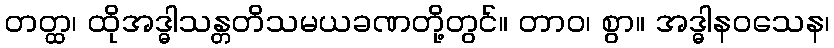
တတ္ထ၊ ထိုအဒ္ဓါသန္တတိသမယခဏတို့တွင်။ တာဝ၊ စွာ။ အဒ္ဓါနဝသေန၊